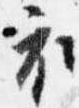
衣